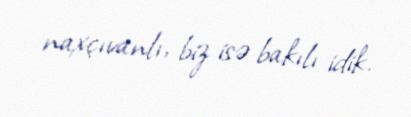
naxçıvanlı, biz isə bakılı idik.